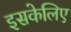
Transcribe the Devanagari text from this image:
इसकेलिए